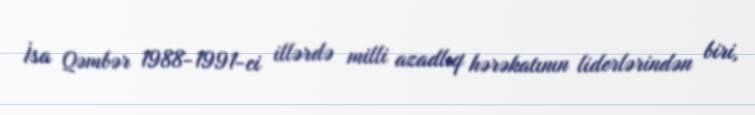
İsa Qəmbər 1988-1991-ci illərdə milli azadlıq hərəkatının liderlərindən biri,